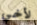
لأخي